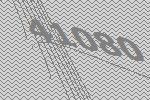
41080